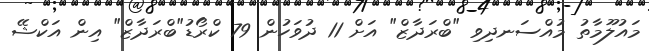
މައުލޫމާތު މުއްސަނދިވި "ބްރަދާޒް" އަށް 11 ދުވަހުން 79 ކްރޯޑު"ބްރަދާޒް" އިން އަކްޝޭ